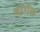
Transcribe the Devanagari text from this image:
बॉर्गेस